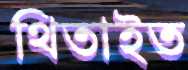
থিতাইত